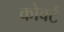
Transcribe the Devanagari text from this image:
कोवर्ट